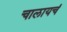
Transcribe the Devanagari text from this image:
चालायचं